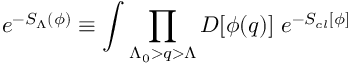
e ^ { - S _ { \Lambda } ( \phi ) } \equiv \int \prod _ { \Lambda _ { 0 } > q > \Lambda } { \cal D } [ \phi ( { q } ) ] \; e ^ { - S _ { c l } [ \phi ] }